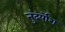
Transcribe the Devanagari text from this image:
नुंदर्योश